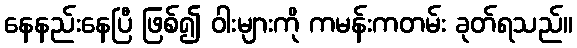
နေနည်းနေပြီ ဖြစ်၍ ဝါးများကို ကမန်းကတမ်း ခုတ်ရသည်။